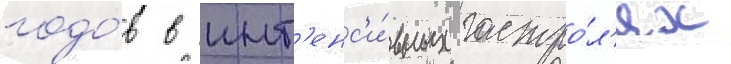
годо́в в инт'енс'и́вных гастро́л'ях